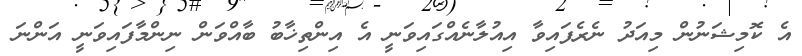
އެ ކޮމިޝަނުން މިއަދު ނެރެފައިވާ އިއުލާނެއްގައިވަނީ އެ އިންތިޚާބު ބާއްވަން ނިންމާފައިވަނީ އަންނަ